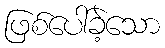
ဖြစ်ပေါ်ခဲ့သော